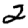
Digit: 2